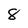
Character: 8